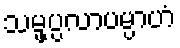
သမ္ဖပ္ပလာပမ္ပာဟံ